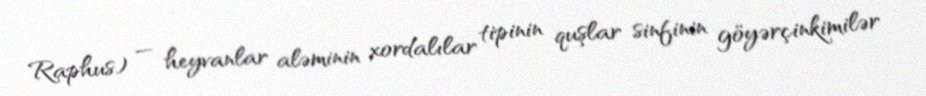
Raphus) — heyvanlar aləminin xordalılar tipinin quşlar sinfinin göyərçinkimilər